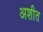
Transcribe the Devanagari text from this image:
अशीत